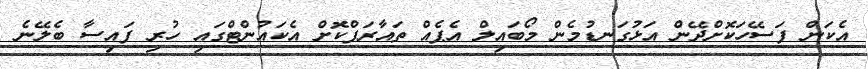
އެކަން ފަސޭހަކޮށްދޭން އަޅުގަނޑުމެން މޯބައިލް އެޕެއް ތައާރަފްކޮށް އެކައުންޓްގައި ހުރި ފައިސާ ބެލޭނެ